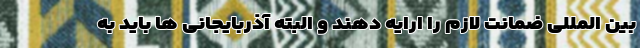
بین المللی ضمانت لازم را ارایه دهند و البته آذربایجانی ها باید به